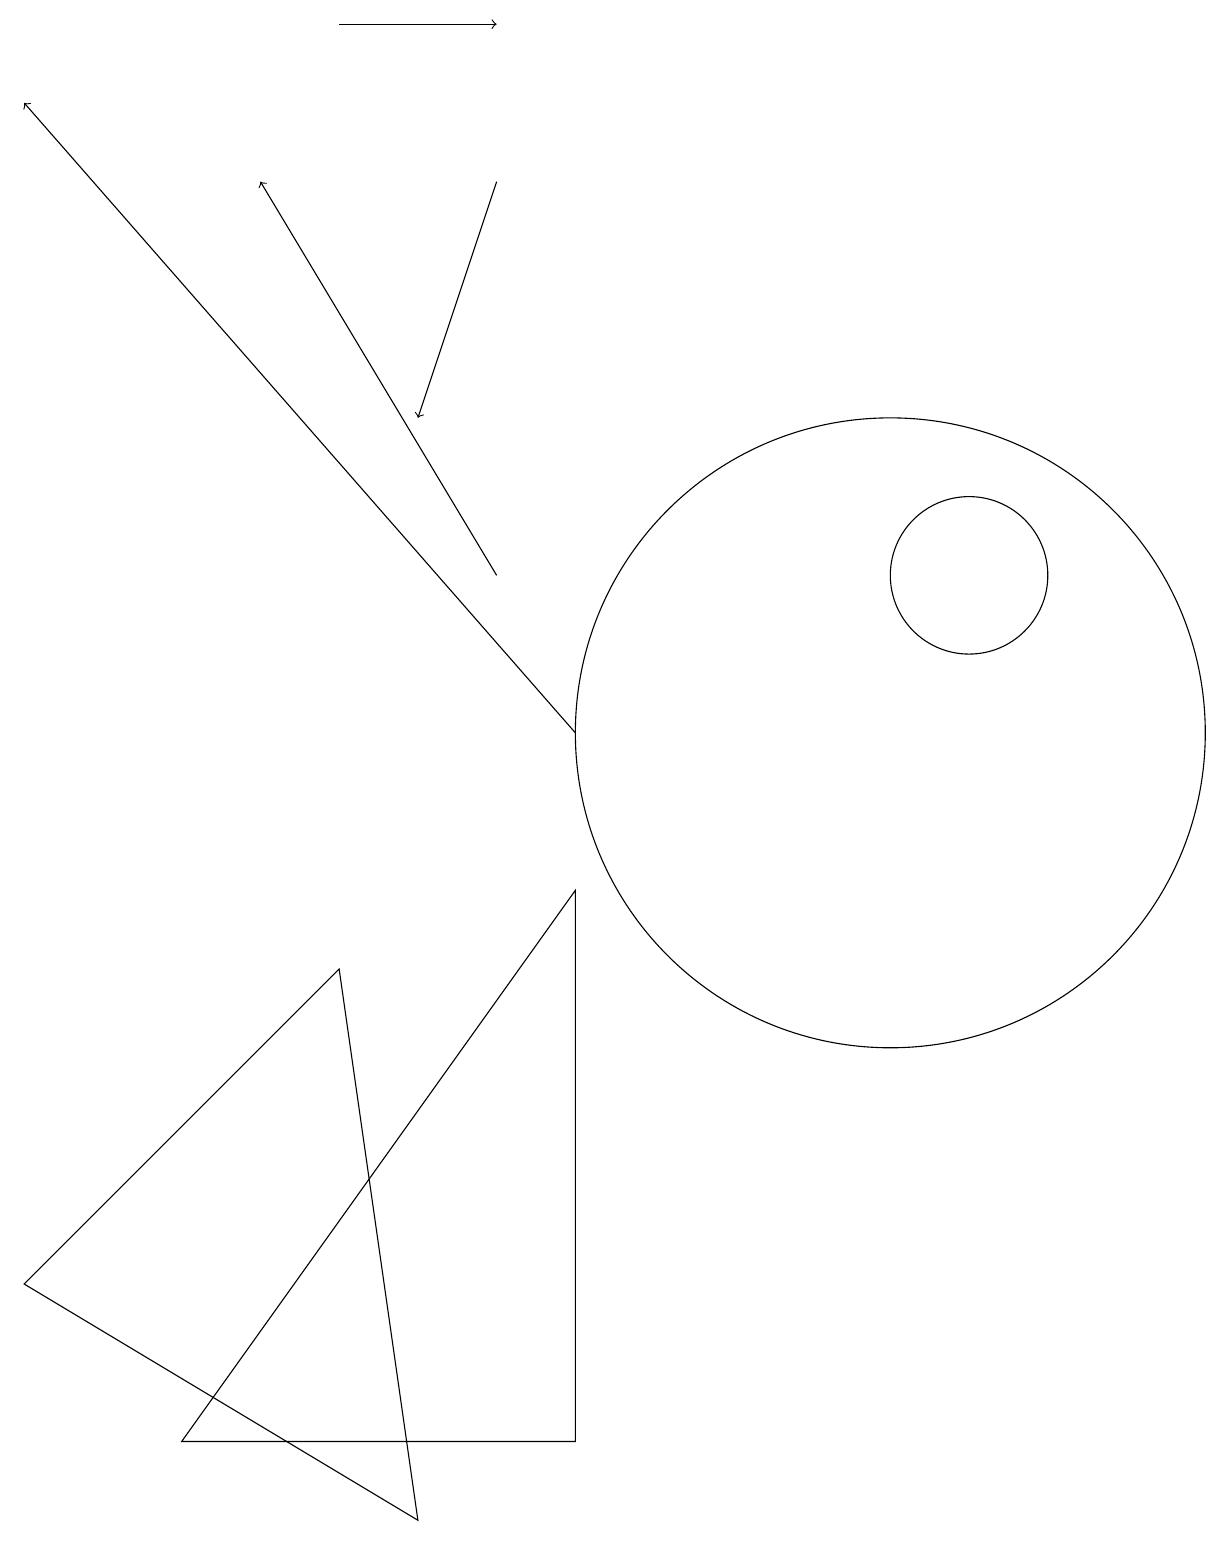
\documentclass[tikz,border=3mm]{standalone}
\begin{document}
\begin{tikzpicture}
\draw[->] (4,19) -- (6,19);
\draw[->] (7,10) -- (0,18);
\draw (5,0) -- (0,3) -- (4,7) -- cycle;
\draw (7,8) -- (2,1) -- (7,1) -- cycle;
\draw (12,12) circle (1);
\draw (11,10) circle (4);
\draw[->] (6,12) -- (3,17);
\draw[->] (6,17) -- (5,14);
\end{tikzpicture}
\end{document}